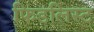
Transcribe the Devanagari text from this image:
फिडलिस्ट